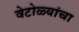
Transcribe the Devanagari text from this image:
वेटोळ्यांचा